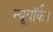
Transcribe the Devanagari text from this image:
न्यूयॉर्क।